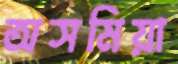
অসমিয়া